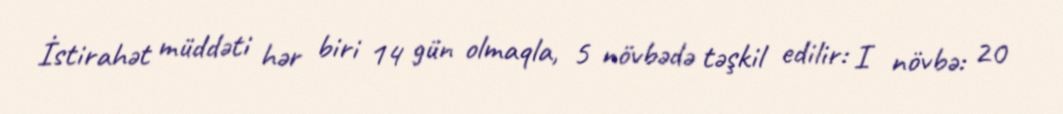
İstirahət müddəti hər biri 14 gün olmaqla, 5 növbədə təşkil edilir: I növbə: 20